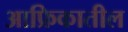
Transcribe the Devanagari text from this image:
आफ्रिकातील